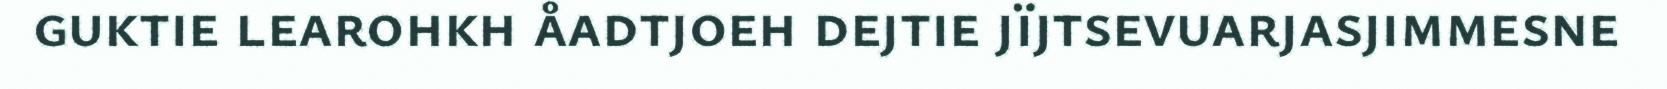
guktie learohkh åadtjoeh dejtie jïjtsevuarjasjimmesne